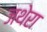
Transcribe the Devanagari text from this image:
जथेरा